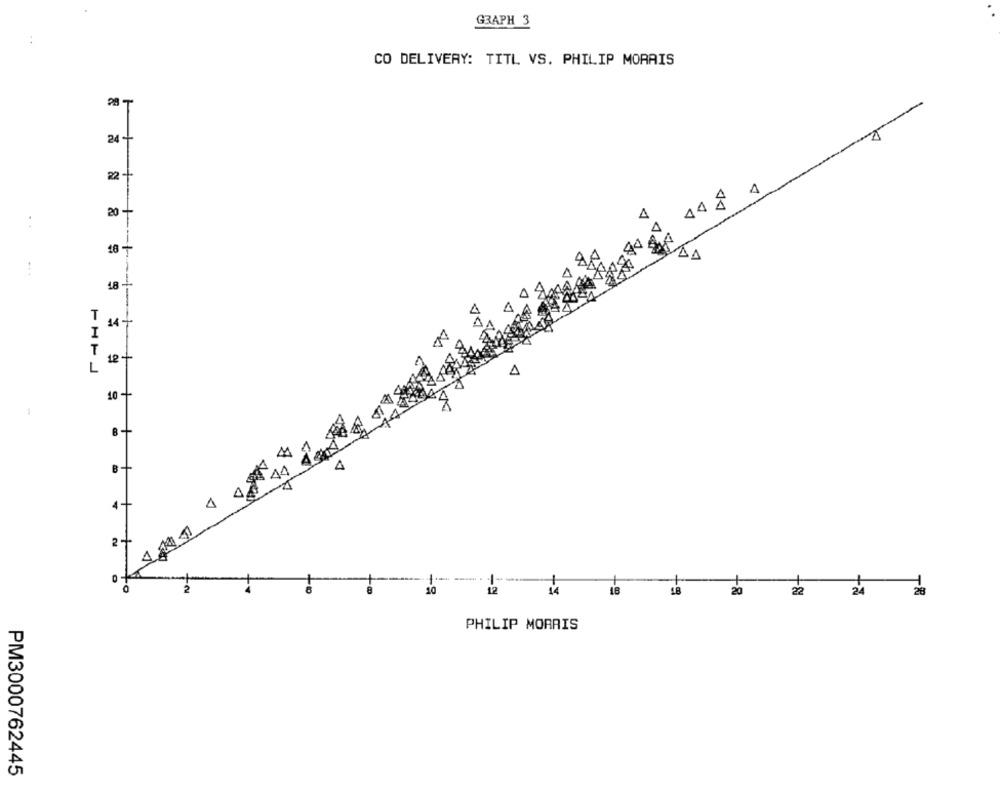
GRAPH 3
CO DELIVERY: TITL VS. PHILIP MORRIS
1
24 +
22
44
20
A
..
A
DA
48
T
44+
I
T
12 -
L
4
10 +
44 4
B.
4
1-
10
12
14
18
18
20
2
24
PHILIP MORRIS
PM3000762445